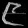
Digit: ၉